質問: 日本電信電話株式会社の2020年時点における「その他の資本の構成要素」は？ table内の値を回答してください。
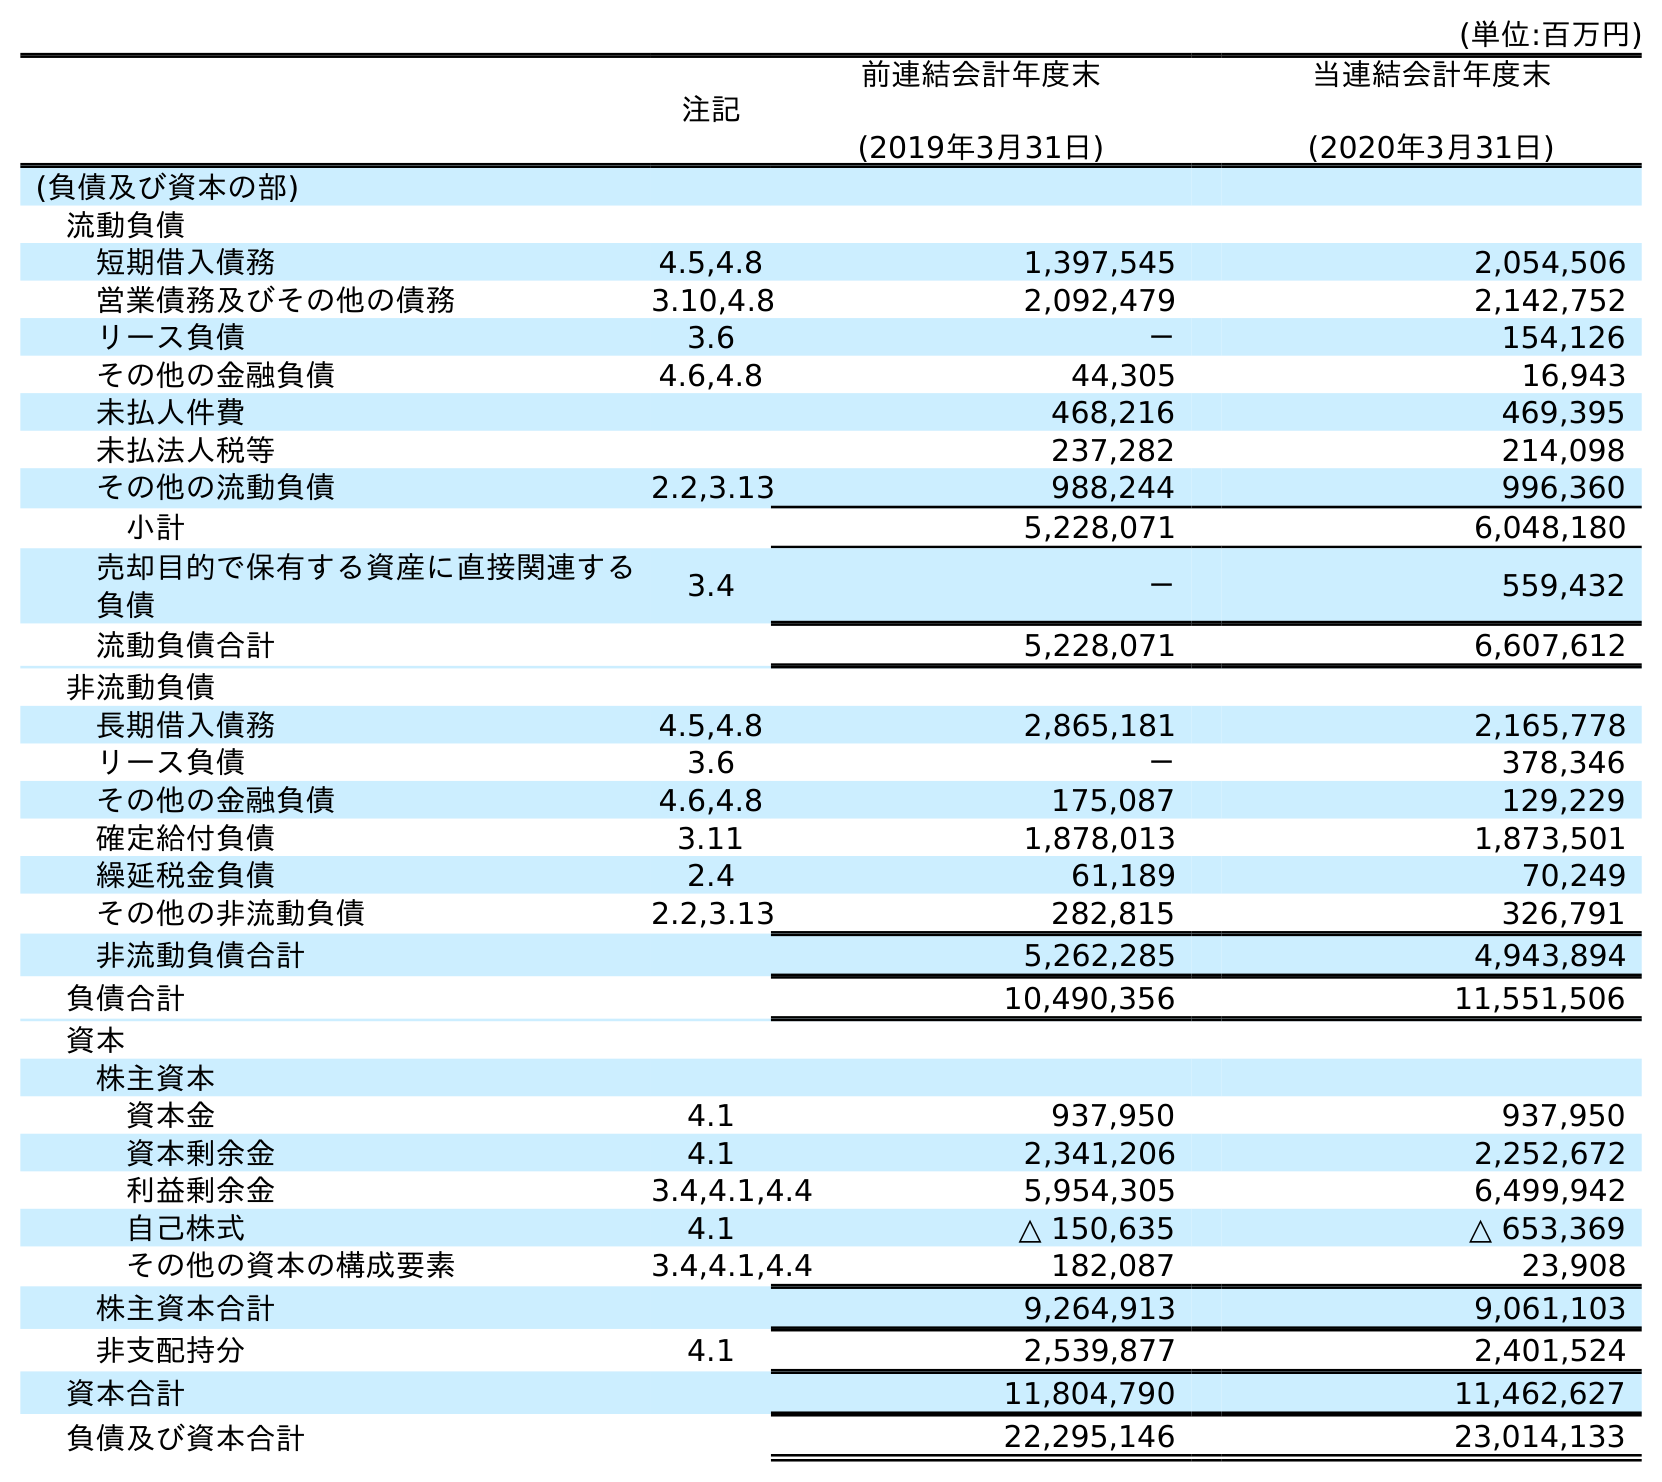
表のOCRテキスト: (単位:百万円) 注記 前連結会計年度末 (2019年3月31日) 当連結会計年度末 (2020年3月31日) (負債及び資本の部) 流動負債 短期借入債務 4.5,4.8 1,397,545 2,054,506 営業債務及びその他の債務 3.10,4.8 2,092,479 2,142,752 リース負債 3.6 － 154,126 その他の金融負債 4.6,4.8 44,305 16,943 未払人件費 468,216 469,395 未払法人税等 237,282 214,098 その他の流動負債 2.2,3.13 988,244 996,360 小計 5,228,071 6,048,180 売却目的で保有する資産に直接関連する 負債 3.4 － 559,432 流動負債合計 5,228,071 6,607,612 非流動負債 長期借入債務 4.5,4.8 2,865,181 2,165,778 リース負債 3.6 － 378,346 その他の金融負債 4.6,4.8 175,087 129,229 確定給付負債 3.11 1,878,013 1,873,501 繰延税金負債 2.4 61,189 70,249 その他の非流動負債 2.2,3.13 282,815 326,791 非流動負債合計 5,262,285 4,943,894 負債合計 10,490,356 11,551,506 資本 株主資本 資本金 4.1 937,950 937,950 資本剰余金 4.1 2,341,206 2,252,672 利益剰余金 3.4,4.1,4.4 5,954,305 6,499,942 自己株式 4.1 △ 150,635 △ 653,369 その他の資本の構成要素 3.4,4.1,4.4 182,087 23,908 株主資本合計 9,264,913 9,061,103 非支配持分 4.1 2,539,877 2,401,524 資本合計 11,804,790 11,462,627 負債及び資本合計 22,295,146 23,014,133
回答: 23,908